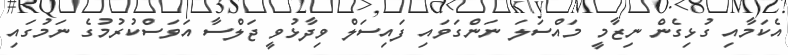
އެކަމާއި ގުޅިގެން ނިޒާމީ މައްސަލަ ނަންގަވައި ފައިސަލް ވިދާޅުވީ ޖަލްސާ އަވަސްކުރުމުގެ ނަމުގައި